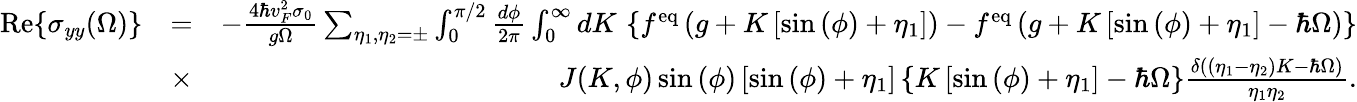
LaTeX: \begin{array}{rlr}{\mathrm{Re}{\left\{ \sigma_{yy}(\Omega)\right\} }}&{=}&{-\frac{4\hbar v_{F}^{2}\sigma_{0}}{g\Omega}\sum_{\eta_{1},\eta_{2}=\pm}\int_{0}^{\pi/2}\frac{d\phi}{2\pi}\int_{0}^{\infty}dK\, \left\{ f^{\mathrm{eq}}\left(g+K\left[\sin{(\phi)}+\eta_{1}\right]\right)-f^{\mathrm{eq}}\left(g+K\left[\sin{(\phi)}+\eta_{1}\right]-\hbar\Omega\right)\right\} }\\ &{\times}&{J(K,\phi)\sin{(\phi)}\left[\sin{(\phi)}+\eta_{1}\right]\left\{ K\left[\sin{(\phi)}+\eta_{1}\right]-\hbar\Omega\right\} \frac{\delta\left((\eta_{1}-\eta_{2})K-\hbar\Omega\right)}{\eta_{1}\eta_{2}}.}\end{array}